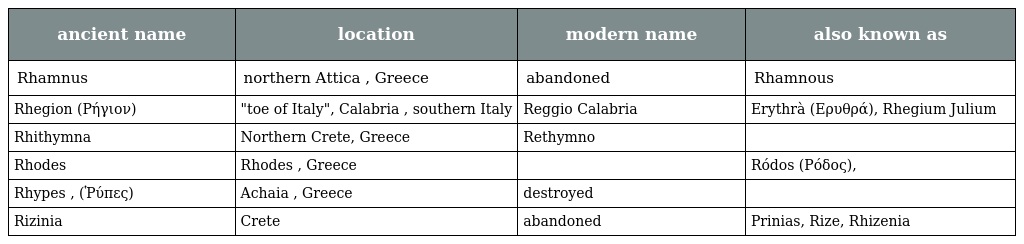
| ancient name | location | modern name | also known as |
 | --- | --- | --- | --- |
 | Rhamnus | northern Attica , Greece | abandoned | Rhamnous |
 | Rhegion (Ρήγιoν) | "toe of Italy", Calabria , southern Italy | Reggio Calabria | Erythrà (Ερυθρά), Rhegium Julium |
 | Rhithymna | Northern Crete, Greece | Rethymno |  |
 | Rhodes | Rhodes , Greece |  | Ródos (Ρόδος), |
 | Rhypes , (Ῥύπες) | Achaia , Greece | destroyed |  |
 | Rizinia | Crete | abandoned | Prinias, Rize, Rhizenia |